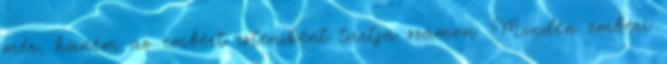
mér, hanem az embert isteniként tartja számon. Minden emberi